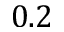
0 . 2